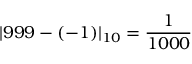
| 9 9 9 - ( - 1 ) | _ { 1 0 } = { \frac { 1 } { 1 0 0 0 } }